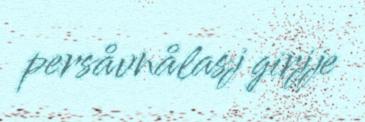
persåvnålasj girjje